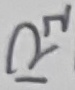
Text: R1